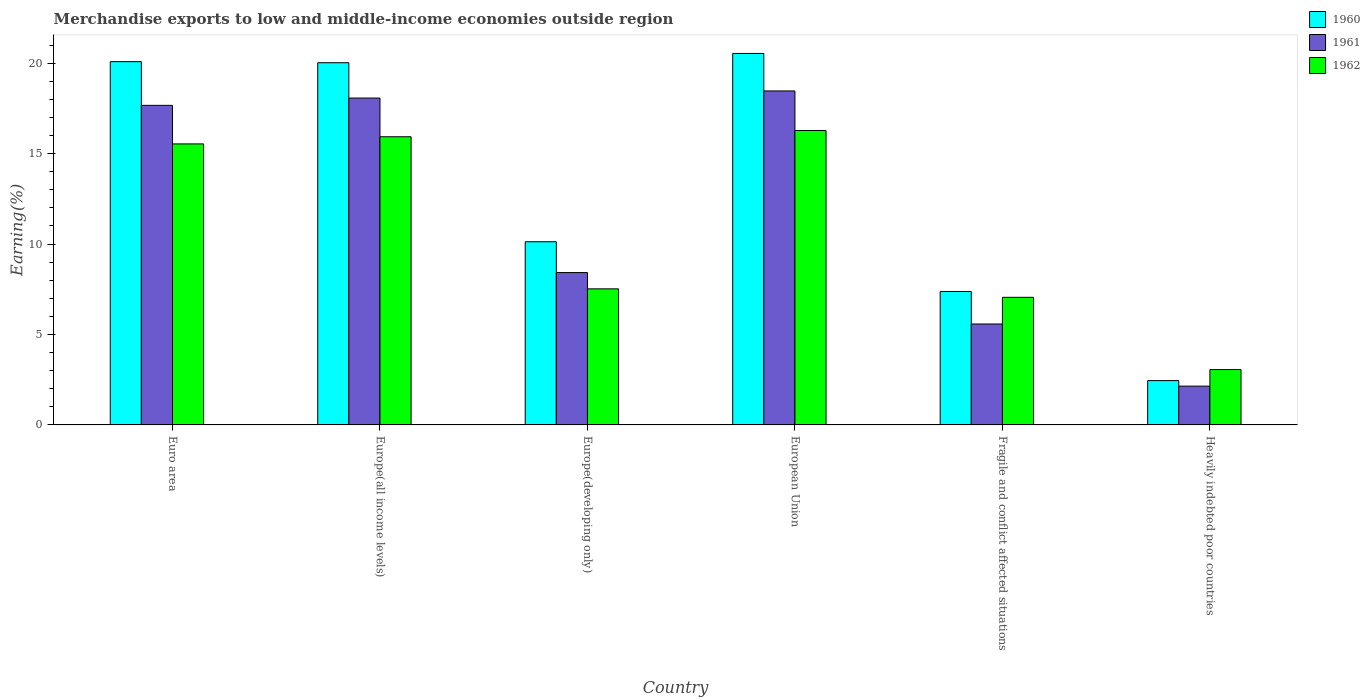
| Country | 1960 | 1961 | 1962 |
 | --- | --- | --- | --- |
 | Euro area | 20.1 | 17.7 | 15.5 |
 | Europe(all income levels) | 20 | 18.1 | 15.9 |
 | Europe(developing only) | 10.1 | 8.42 | 7.52 |
 | European Union | 20.5 | 18.5 | 16.3 |
 | Fragile and conflict affected situations | 7.38 | 5.58 | 7.05 |
 | Heavily indebted poor countries | 2.45 | 2.14 | 3.06 |